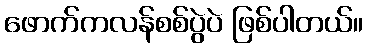
ဖောက်ကလန်စစ်ပွဲပဲ ဖြစ်ပါတယ်။